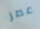
عصر